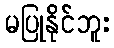
မပြုနိုင်ဘူး